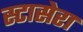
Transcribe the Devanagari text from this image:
स्टासेरा